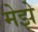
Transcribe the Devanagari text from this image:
मेझे